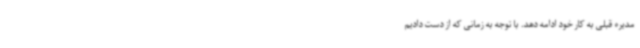
‌مدیره قبلی به کار خود ادامه دهد. با توجه به زمانی که از دست دادیم